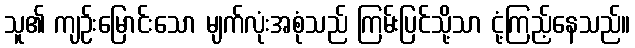
သူ၏ ကျဉ်းမြောင်းသော မျက်လုံးအစုံသည် ကြမ်းပြင်သို့သာ ငုံ့ကြည့်နေသည်။